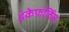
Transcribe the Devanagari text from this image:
इंकेफलिंस